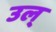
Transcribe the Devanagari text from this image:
उल्‌